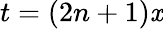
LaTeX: t=(2n+1)\mathit{x}